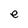
Character: e